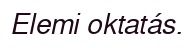
Elemi oktatás.